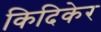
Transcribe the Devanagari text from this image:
किदिकेर